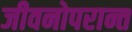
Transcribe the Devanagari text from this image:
जीवनोपरान्त